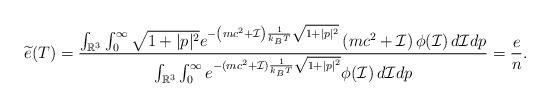
LaTeX: \begin{align*}\widetilde{e}(T)=\frac{\int_{\mathbb{R}^3}\int_0^\infty \sqrt{1+|p|^2}e^{-\left(mc^2+ \mathcal{I} \right)\frac{1}{k_B T}\sqrt{1+|p|^2}} \left(mc^2+ \mathcal{I} \right)\phi(\mathcal{I})\, d\mathcal{I}dp}{ \int_{\mathbb{R}^3}\int_0^\infty e^{-\left(mc^2+ \mathcal{I} \right)\frac{1}{k_B T}\sqrt{1+|p|^2}}\phi(\mathcal{I}) \,d\mathcal{I}dp}=\frac{e}{n}.\end{align*}